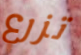
تزرع